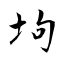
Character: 坸